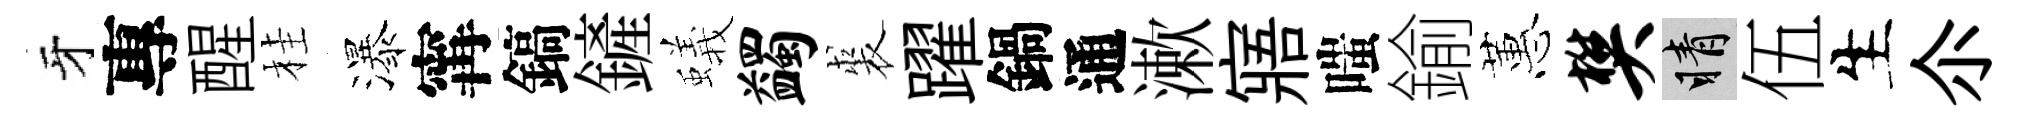
牙專醒桂瀑𡩋鎬鏟蟻蠲裘躍鍋通漱寤嗤鍮蕙樊睛伍生尒